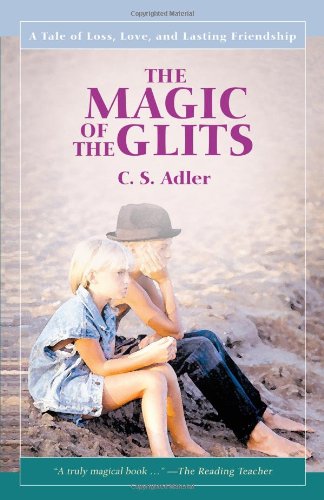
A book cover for The Magic of the Glits: A Tale of Loss, Love, and Lasting Friendship; CS Adler; Health, Fitness & Dieting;